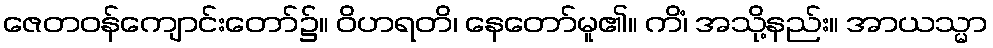
ဇေတဝန်ကျောင်းတော်၌။ ဝိဟရတိ၊ နေတော်မူ၏။ ကိံ၊ အသို့နည်း။ အာယသ္မာ